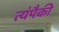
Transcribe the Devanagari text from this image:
त्यंपैकी